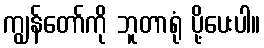
ကျွန်တော်ကို ဘူတာရုံ ပို့ပေးပါ။